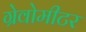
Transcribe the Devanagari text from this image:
ग्रेवोमीटर